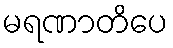
မရဏာတိပေ